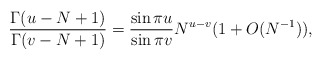
\begin{align*}\frac{\Gamma(u-N+1)}{\Gamma(v-N+1)}=\frac{\sin\pi u}{\sin\pi v}N^{u-v}(1+O(N^{-1})),\end{align*}